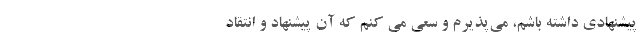
پیشنهادی داشته باشم، می‌پذیرم و سعی می کنم که آن پیشنهاد و انتقاد